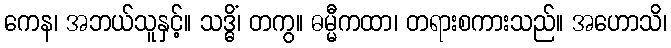
ကေန၊ အဘယ်သူနှင့်။ သဒ္ဓိံ၊ တကွ။ ဓမ္မီကထာ၊ တရားစကားသည်။ အဟောသိ၊